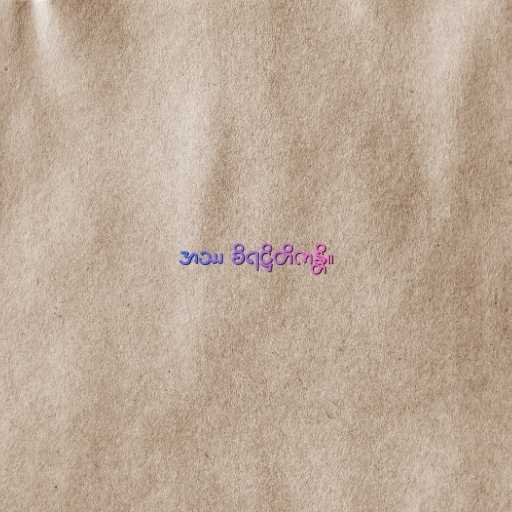
အဿ စိရဋ္ဌိတိကန္တိ။